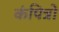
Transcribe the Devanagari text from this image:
कंपित्रों